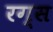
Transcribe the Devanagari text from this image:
रग्स